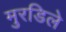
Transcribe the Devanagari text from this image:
मुरडिले